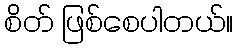
စိတ် ဖြစ်စေပါတယ်။